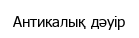
Антикалық дәуір